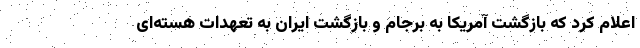
اعلام کرد که بازگشت آمریکا به برجام و بازگشت ایران به تعهدات هسته‌ای